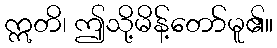
ဣတိ၊ ဤသို့မိန့်တော်မူ၏။